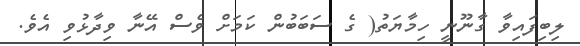
ލިބިފައިވާ ގާނޫނީ ހިމާޔަތު( ގެ ސަބަބުން ކަމަށް ވެސް އޭނާ ވިދާޅުވި އެވެ.